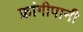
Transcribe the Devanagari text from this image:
फ्रांगीपानी